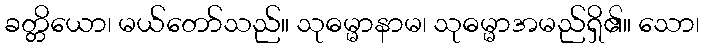
ခတ္တိယော၊ မယ်တော်သည်။ သုဓမ္မာနာမ၊ သုဓမ္မာအမည်ရှိ၏။ သော၊